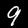
Label: 9